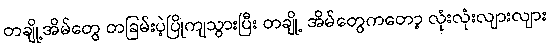
တချို့အိမ်တွေ တခြမ်းပဲ့ပြိုကျသွားပြီး တချို့ အိမ်တွေကတော့ လုံးလုံးလျားလျား